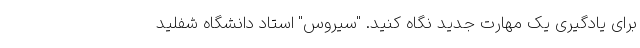
برای یادگیری یک مهارت جدید نگاه کنید. "سیروس" استاد دانشگاه شفلید